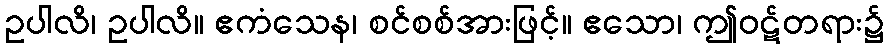
ဥပါလိ၊ ဥပါလိ။ ဧကံသေန၊ စင်စစ်အားဖြင့်။ ဧသော၊ ဤဝဋ်တရား၌